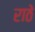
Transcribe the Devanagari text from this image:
राठे